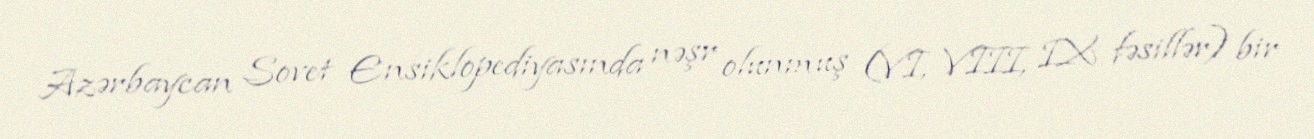
Azərbaycan Sovet Ensiklopediyasında nəşr olunmuş (VI, VIII, IX fəsillər) bir